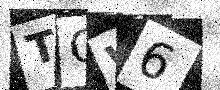
Text: TGW6